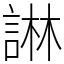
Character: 諃